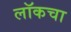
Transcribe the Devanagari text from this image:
लॉकचा